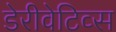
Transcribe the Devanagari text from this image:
डेरीवेटिव्स